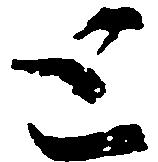
と